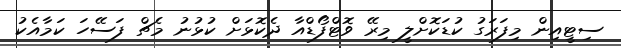
ސިޓީއިން މިފަރަގު ކުޑަކޮށްލީ މިރޭ ވޮޓްފޯޑްއާ ދެކޮޅަށް ކުޅުނު މެޗް ފަސޭހަ ކަމާއެކު